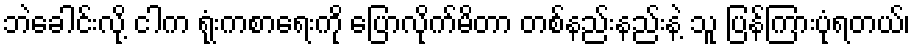
ဘဲခေါင်းလို့ ငါက ရုံးကစာရေးကို ပြောလိုက်မိတာ တစ်နည်းနည်းနဲ့ သူ ပြန်ကြားပုံရတယ်၊